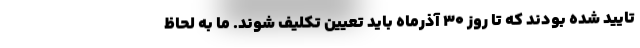
تایید شده بودند که تا روز ۳۰ آذرماه باید تعیین تکلیف شوند. ما به لحاظ